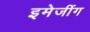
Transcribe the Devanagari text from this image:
इमेजींग